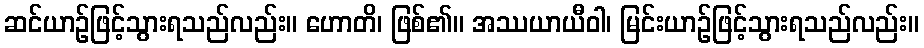
ဆင်ယာဉ်ဖြင့်သွားရသည်လည်း။ ဟောတိ၊ ဖြစ်၏။ အဿယာယီဝါ၊ မြင်းယာဉ်ဖြင့်သွားရသည်လည်း။